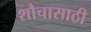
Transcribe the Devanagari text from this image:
शौचासाठी